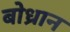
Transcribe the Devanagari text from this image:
बोध्रान